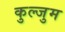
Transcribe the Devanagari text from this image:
कुल्जुम